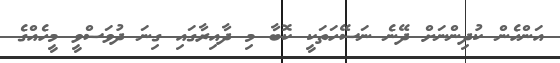
އަންހެން ކުދިންނަށް ދޭނެ ނަސޭހަތަކީ ކޮބާ މި ދާއިރާގައި ގިނަ ދުވަސްވީ މީހެއްގެ